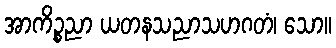
အာကိဉ္စညာ ယတနသညာသဟဂတံ၊ သော။